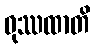
ဝုဿထာတိ